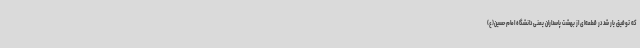
که توفیق یار شد در قطعه‌ای از بهشت پاسداران یعنی دانشگاه امام حسین(ع)